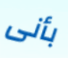
بأنى